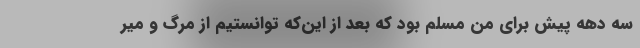
سه دهه پیش برای من مسلم بود که بعد از این‌که توانستیم از مرگ و میر